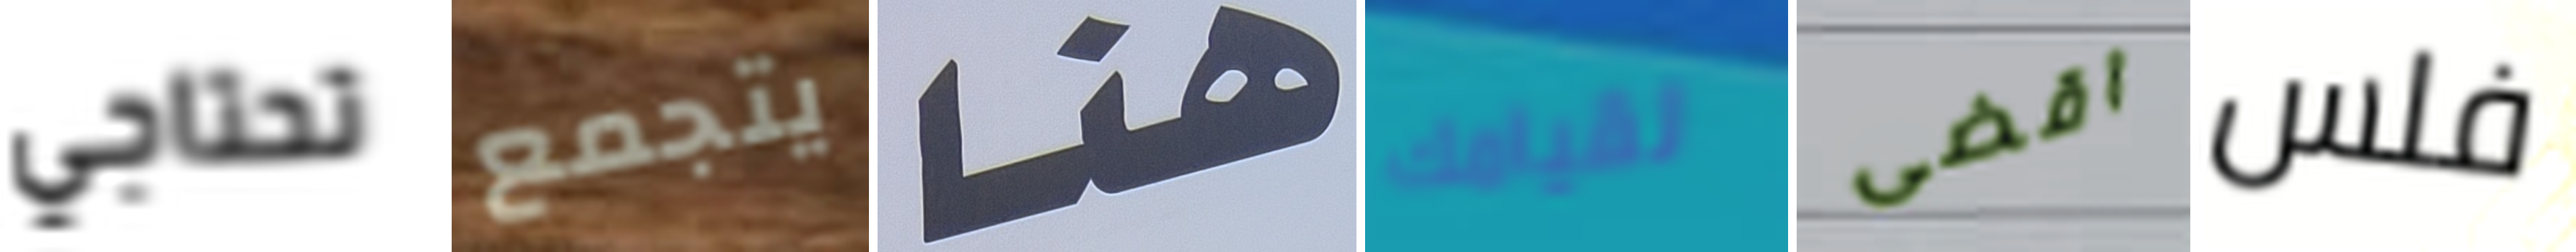
تحتاجي يتجمع هنا لقيامك اقضى فلس